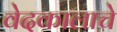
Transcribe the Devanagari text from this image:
वेदकालाचे